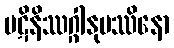
ပဋိနိဿဂ္ဂါနုပဿိနော